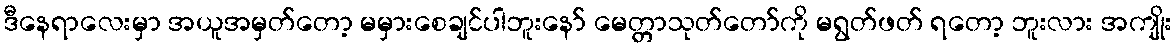
ဒီနေရာလေးမှာ အယူအမှတ်တော့ မမှားစေချင်ပါဘူးနော် မေတ္တာသုတ်တော်ကို မရွတ်ဖတ် ရတော့ ဘူးလား အကျိုး